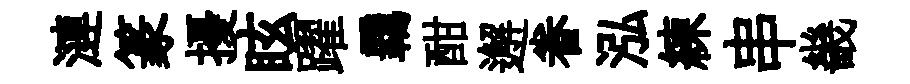
漣篆擾眩躍覊酣邂眷泓練串畿